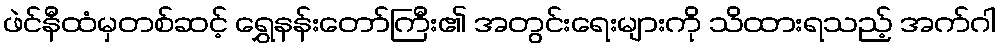
ဖဲင်နီထံမှတစ်ဆင့် ရွှေနန်းတော်ကြီး၏ အတွင်းရေးများကို သိထားရသည့် အက်ဂါ